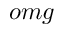
o m g